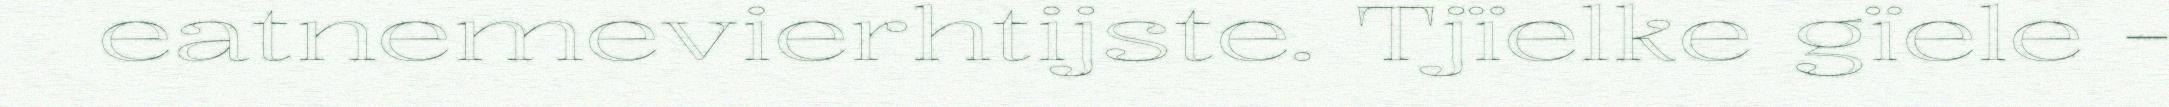
eatnemevierhtijste. Tjïelke gïele -